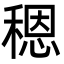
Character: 䅰